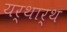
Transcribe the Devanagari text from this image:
यर्थार्थ